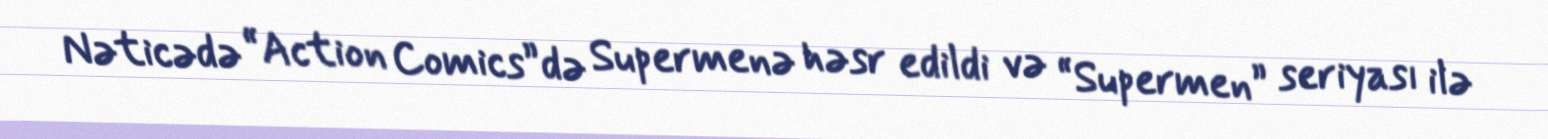
Nəticədə “Action Comics”də Supermenə həsr edildi və “Supermen” seriyası ilə